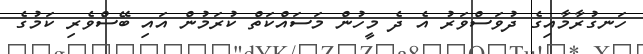
ހަނގުރާމާއިގެ ދުވަސްވަރު އެ ދެ މީހުން މަސައްކަތް ކުރަމުން އައި ބޭސްވެރި ކަމުގެ